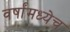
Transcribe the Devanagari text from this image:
वर्षांमध्येच